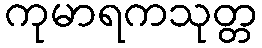
ကုမာရကသုတ္တ